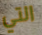
التي